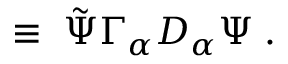
\; \equiv \; { \tilde { \Psi } } \Gamma _ { \alpha } D _ { \alpha } \Psi \; .